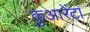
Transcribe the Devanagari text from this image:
कुआरेंटा